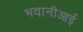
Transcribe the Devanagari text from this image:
भवानीआई